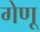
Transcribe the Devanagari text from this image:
गेणू